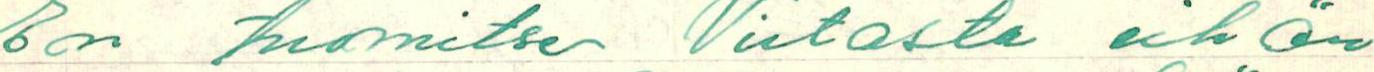
En tuomitse Virtasta eihän